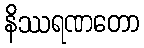
နိဿရဏတော